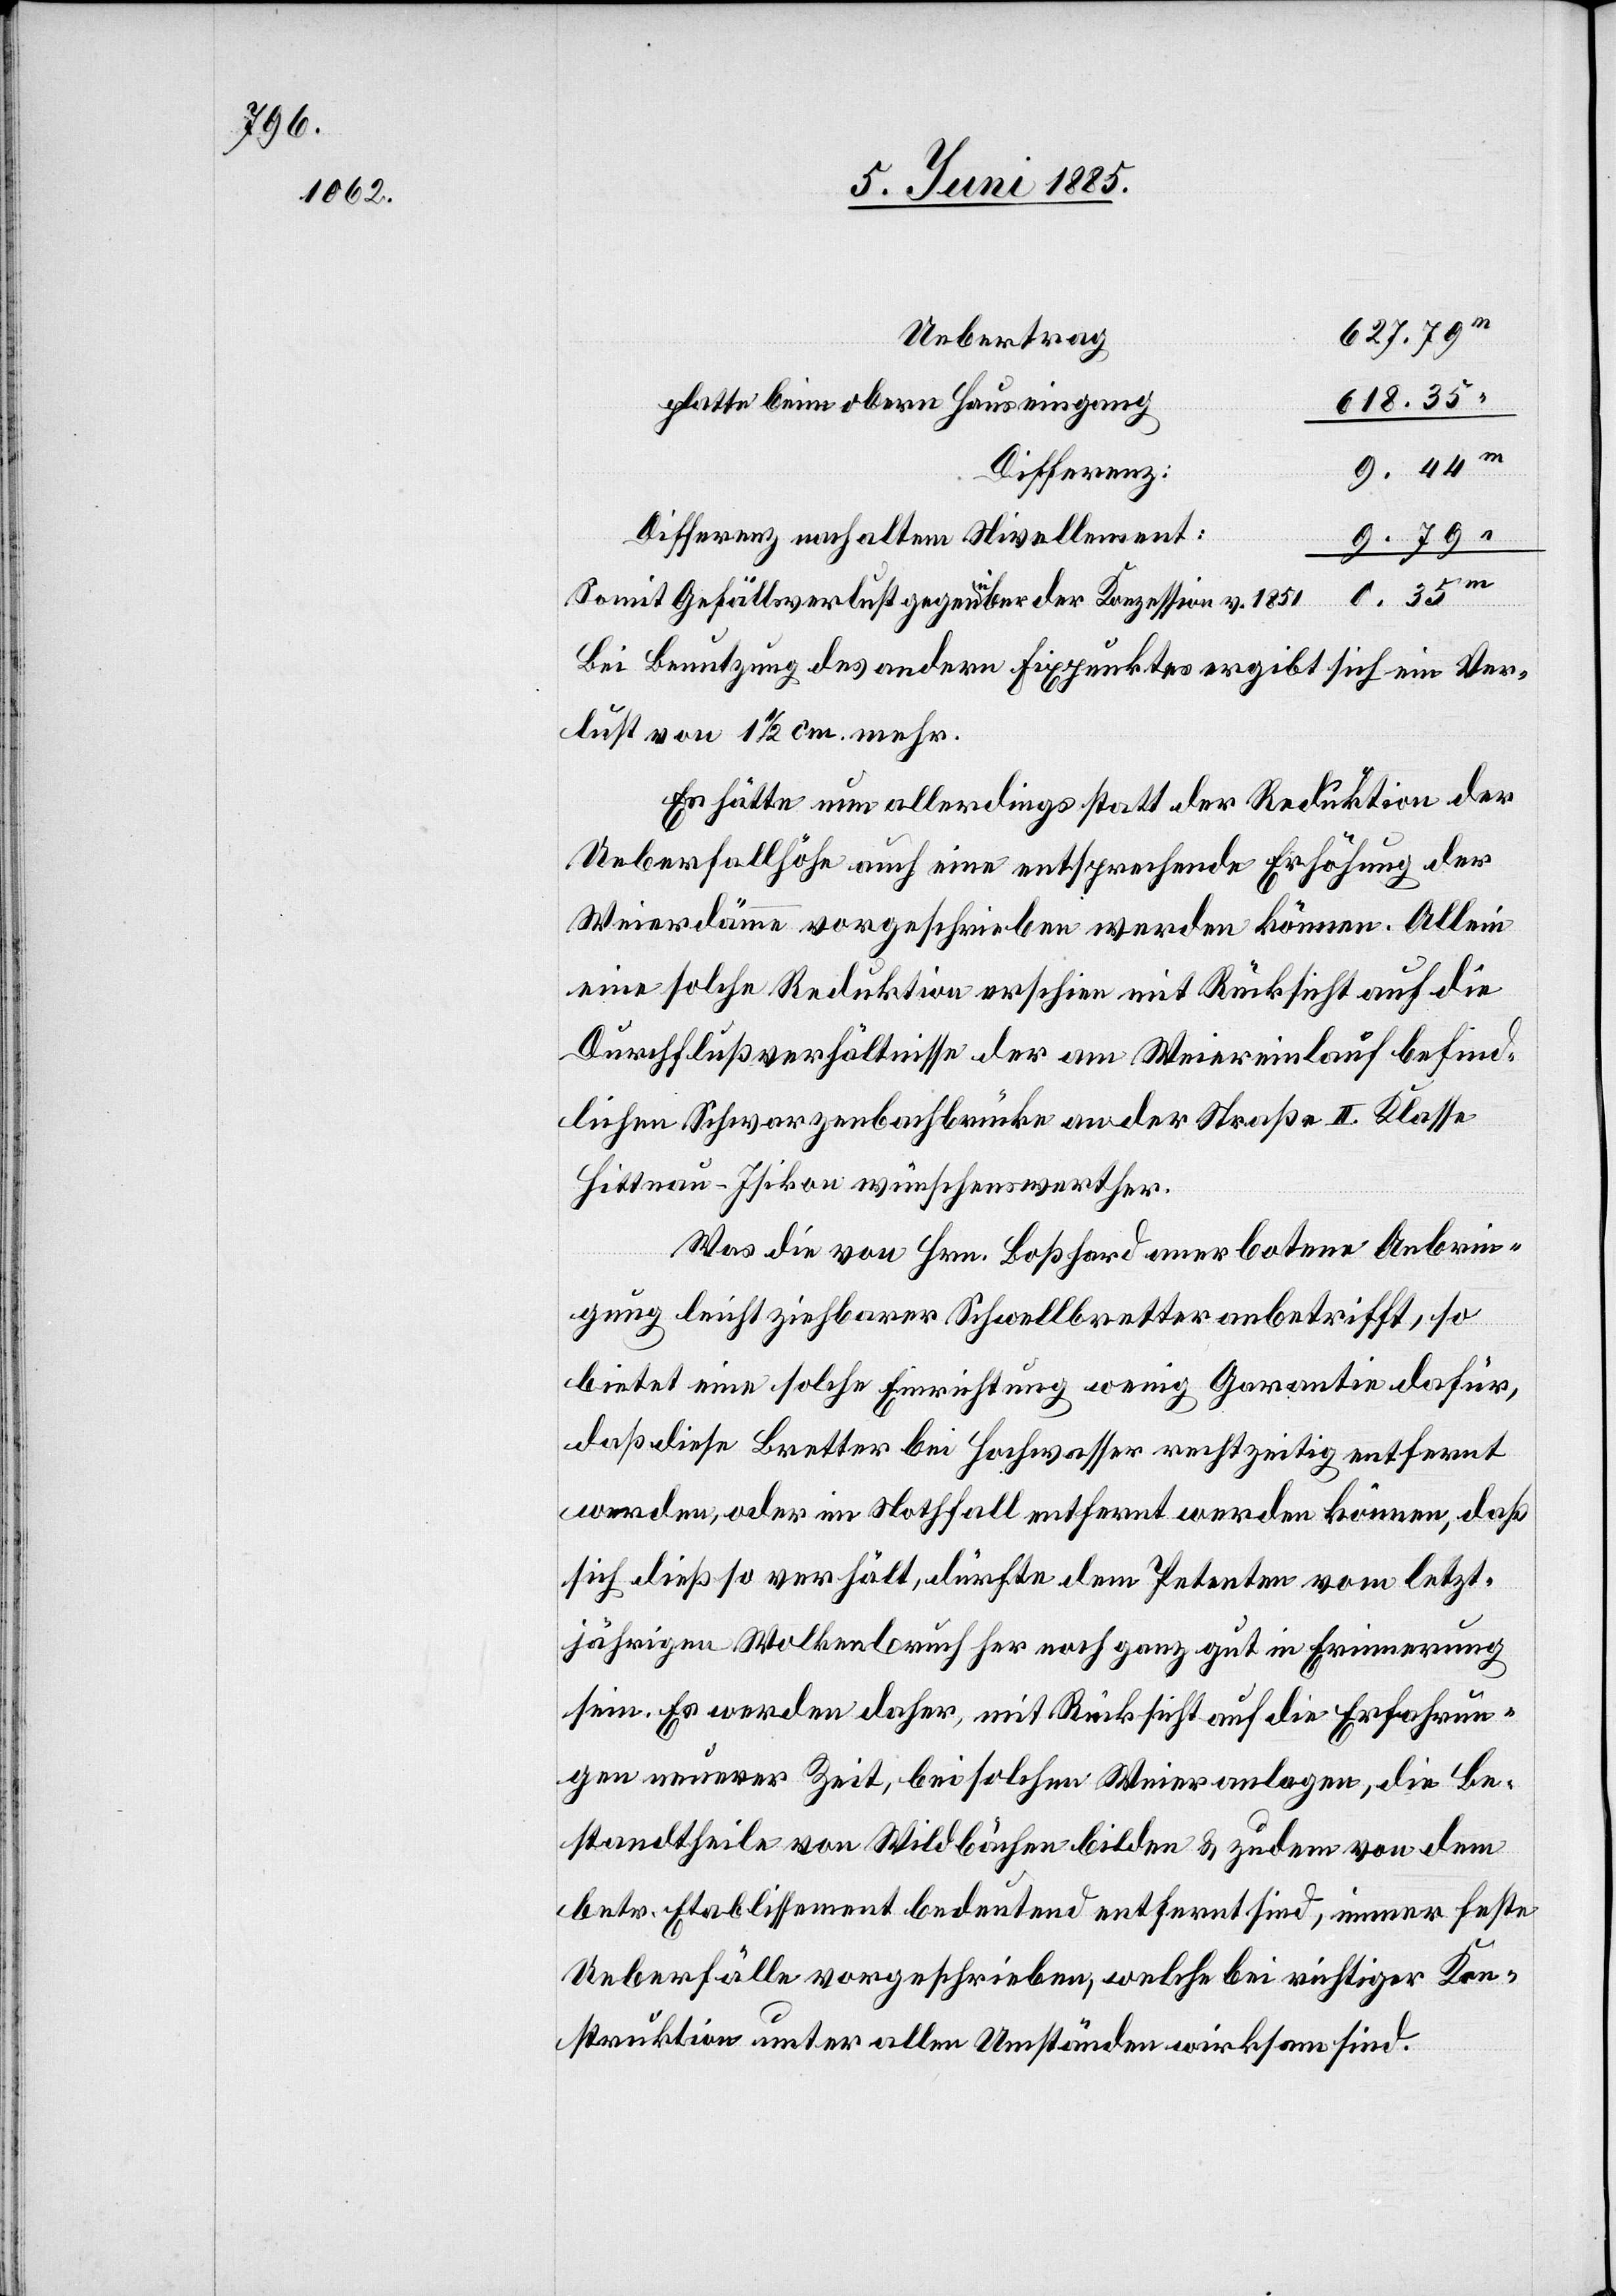
618.35
platte beim obern Hauseingang
Differenz
Differenz nach altem Nivellement:
9.79
Somit Gefällsverlust gegenüber der Konzession v. 1851
Bei Benutzung des andern Fixpunktes ergibt sich ein Ver¬
lust von 1 1/2 cm mehr.
Es hätte nun allerdings statt der Reduktion der
Ueberfallhöhe auch eine entsprechende Erhöhung der
Weierdämme vorgeschrieben werden können. Allein
eine solche Reduktion erschien mit Rücksicht auf die
Durchflußverhältnisse der am Weiereinlauf befind¬
lichen Schwarzenbachbrücke an der Straße II. Klasse
Hittnau–Isikon wünschenswerther.
Was die von Hrn. Boßhard anerbotene Anbrin¬
gung leicht ziehbarer Schwellbretter anbetrifft, so
bietet eine solche Einrichtung wenig Garantie dafür,
daß diese Bretter bei Hochwasser rechtzeitig entfernt
werden, oder im Notfall entfernt werden können, daß
sich dieß so verhält, dürfte dem Petenten vom letzt¬
jährigen Wolkenbruch her noch ganz gut in Erinnerung
sein. Es werden daher, mit Rücksicht auf die Erfahrun¬
gen neuerer Zeit, bei solchen Weieranlagen, die Be¬
standtheile von Wildbächen bilden & zudem von dem
betr. Etablissement bedeutend entfernt sind, immer feste
Ueberfälle vorgeschrieben, welche bei richtiger Kon¬
struktion unter allen Umständen wirksam sind.